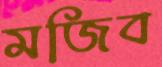
মজিব